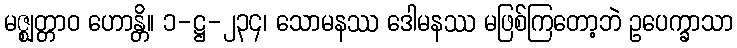
မဇ္ဈတ္တာဝ ဟောန္တိ။ ၁-ဋ္ဌ-၂၃၄၊ သောမနဿ ဒေါမနဿ မဖြစ်ကြတော့ဘဲ ဥပေက္ခာသာ